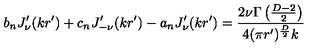
b _ { n } J _ { \nu } ^ { \prime } ( k r ^ { \prime } ) + c _ { n } J _ { - \nu } ^ { \prime } ( k r ^ { \prime } ) - a _ { n } J _ { \nu } ^ { \prime } ( k r ^ { \prime } ) = { \frac { 2 \nu \Gamma \left( { \frac { D - 2 } { 2 } } \right) } { 4 ( \pi r ^ { \prime } ) ^ { \frac { D } { 2 } } k } }